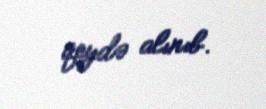
qeydə alınıb.